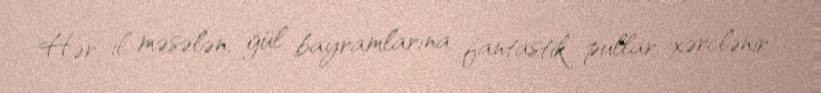
Hər il, məsələn, gül bayramlarına fantastik pullar xərclənir.